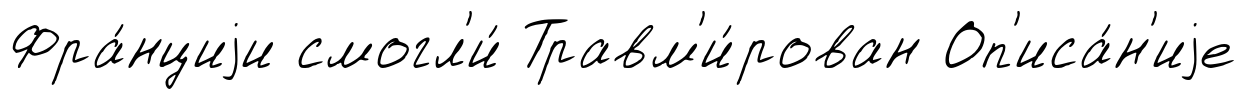
Фра́нциjи смогл'и́ Травм'и́рован Оп'иса́н'иjе